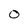
Character: 0